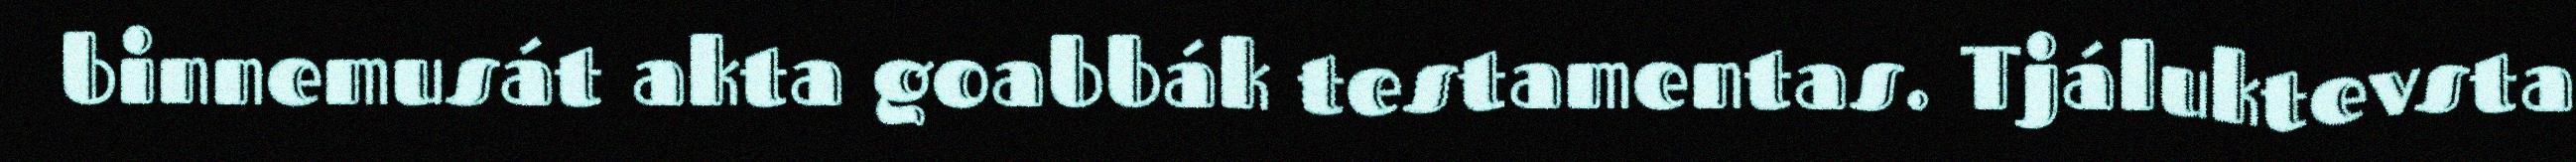
binnemusát akta goabbák testamentas. Tjáluktevsta